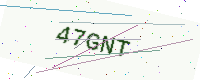
Text: 47GNT